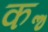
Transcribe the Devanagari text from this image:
कॢ